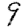
Digit: 9